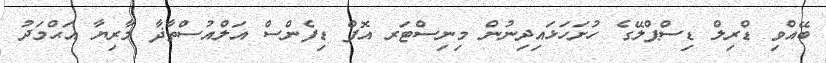
ބޭއްވި ޑްރިލް ޑިސްޕްލޭގެ ހުށަހަޅައިދިނުން މިނިސްޓަރ އޮފް ޑިފެންސް އަލްއުސްތާޛާ މާރިޔާ އަޙްމަދު